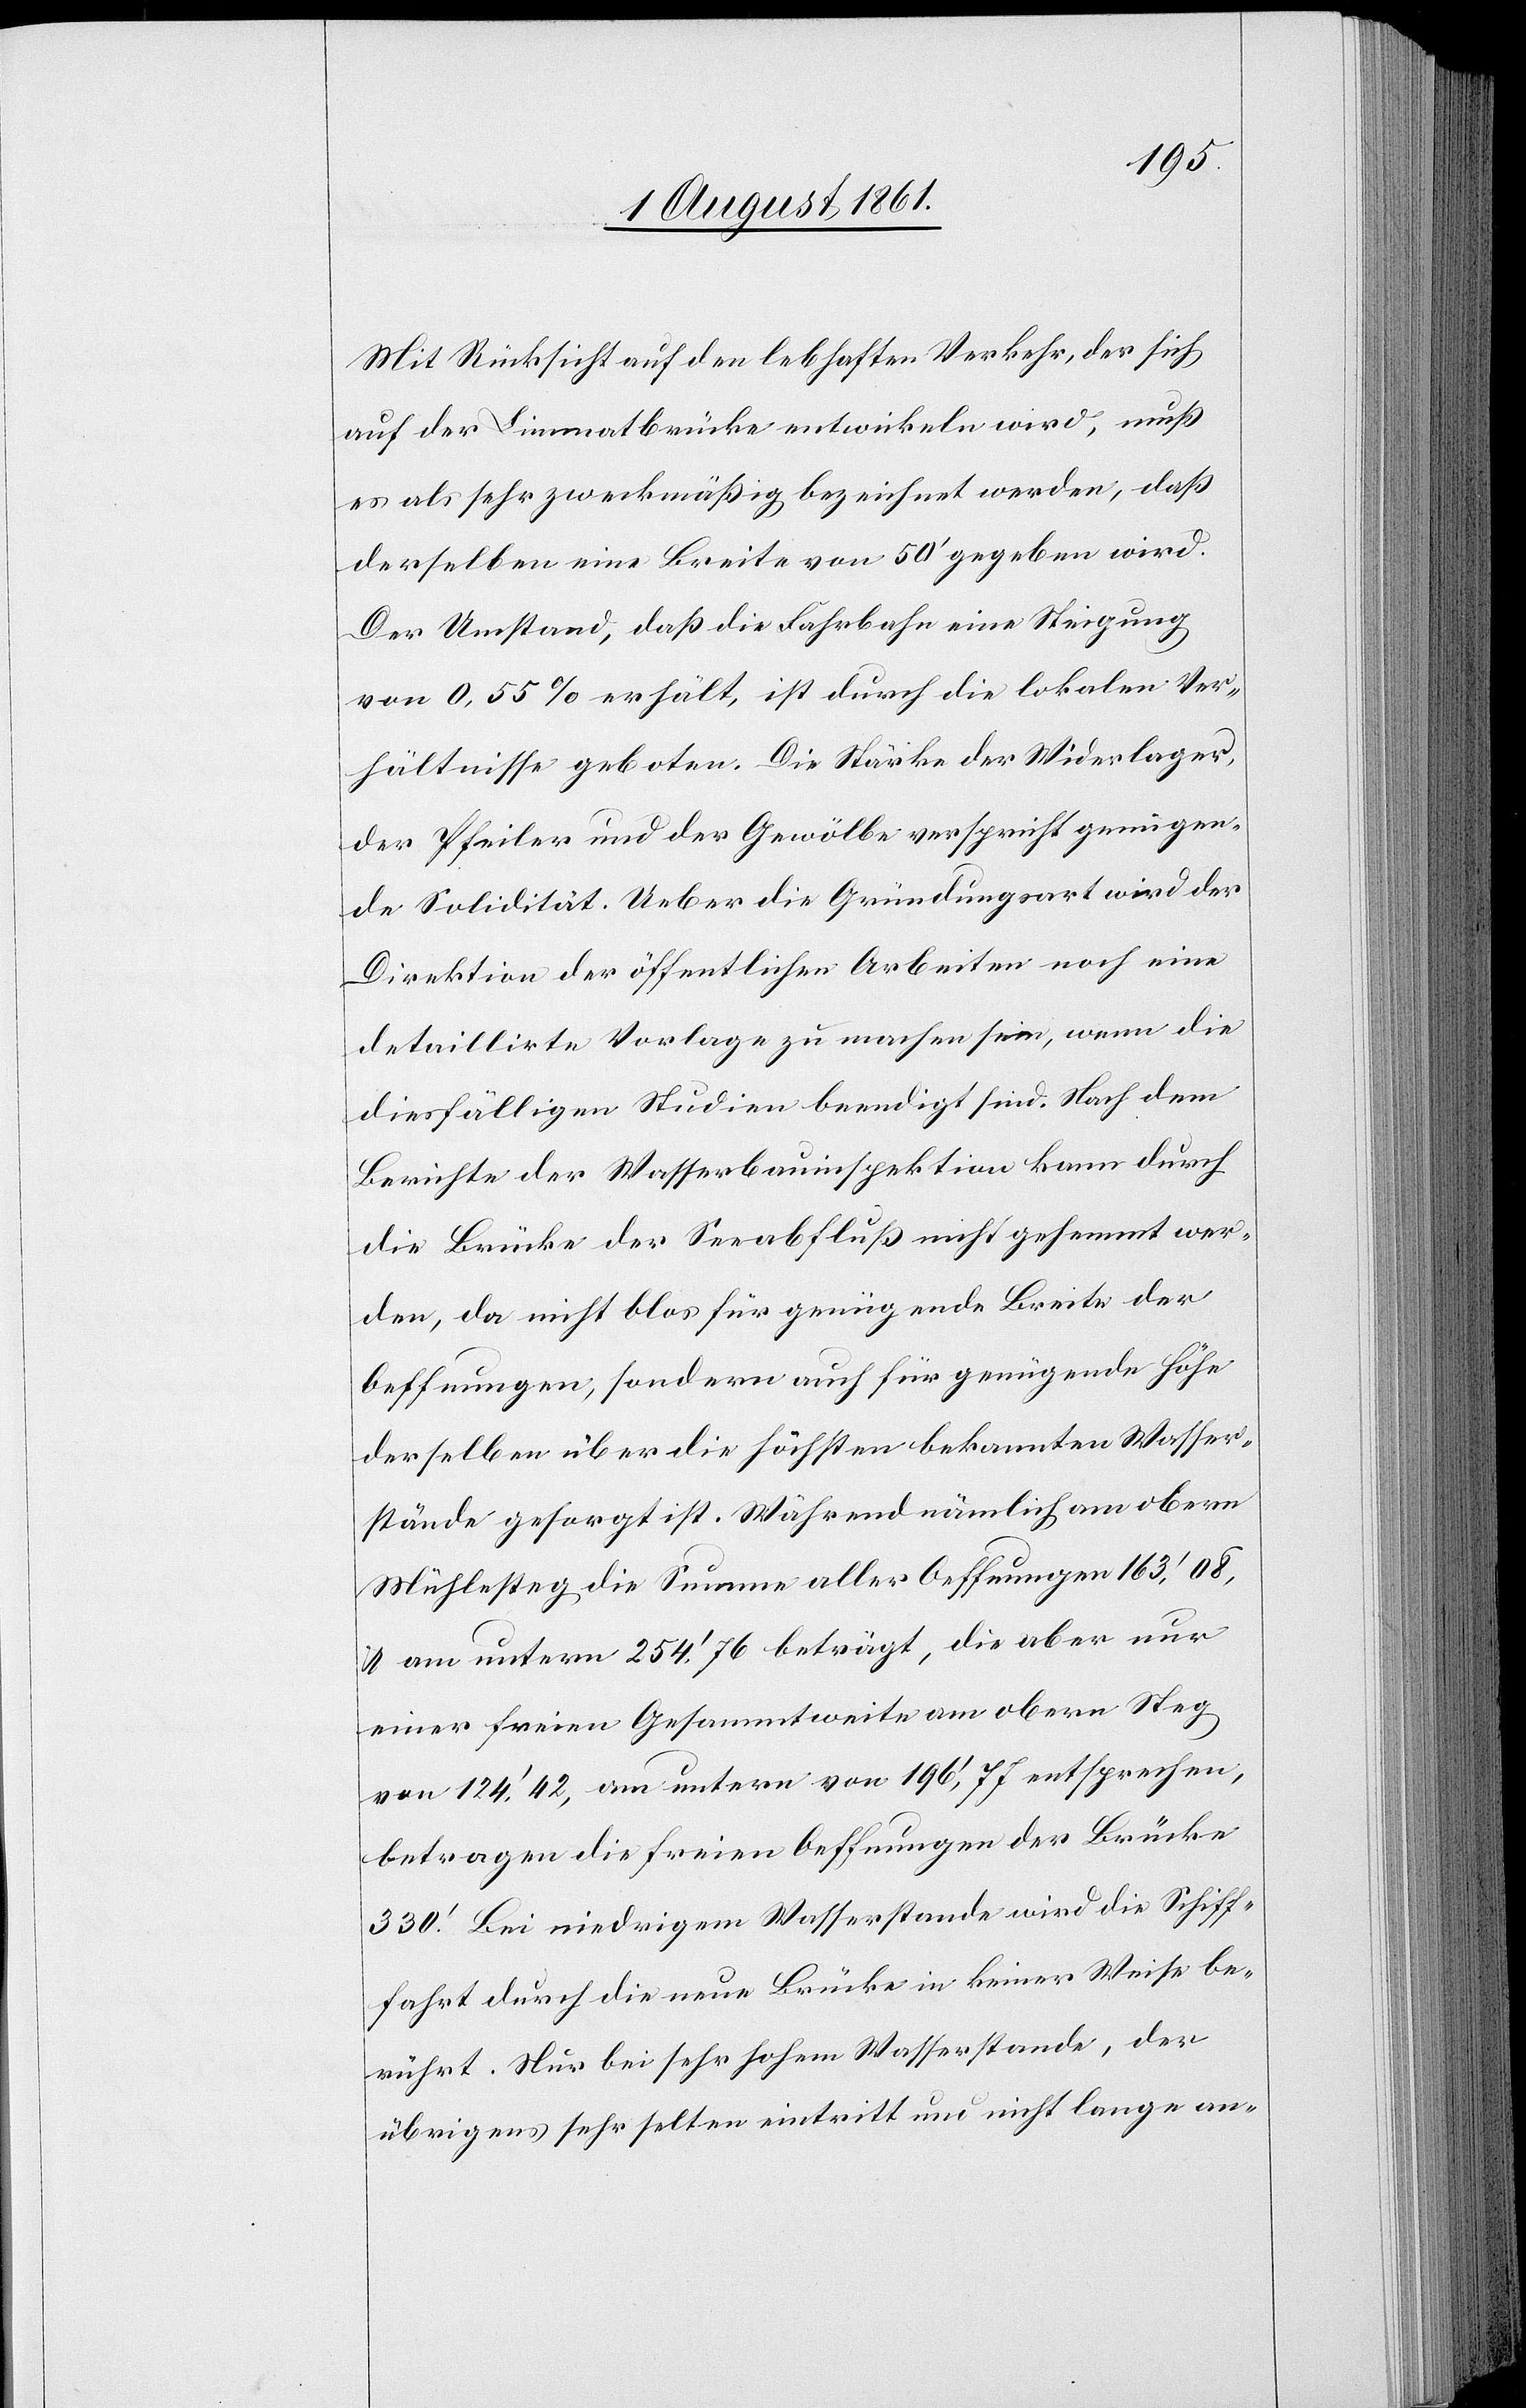
Mit Rücksicht auf den lebhaften Verkehr, der sich
auf der Limmatbrücke entwickeln wird, muß
es als sehr zweckmäßig bezeichnet werden, daß
derselben eine Breite von 50’ gegeben wird.
Der Umstand, daß die Fahrhabe eine Steigung
von 0,55% erhält, ist durch die lokalen Ver¬
hältnisse geboten. Die Stärke der Widerlager,
der Pfeiler und der Gewölbe verspricht genügen¬
de Solidität. Ueber die Gründungsart wird der
Direktion der öffentlichen Arbeiten noch eine
detaillirte Vorlage zu machen sein, wenn die
diesfälligen Studien beendigt sind. Nach dem
Berichte der Wasserbauinspektion kann durch
die Brücke der Seeabfluß nicht gehemmt wer¬
den, da nicht blos für genügende Breite der
Oeffnungen, sondern auch für genügende Höhe
derselben über die höchsten bekannten Wasser¬
stände gesorgt ist. Während nämlich am obern
Mühlesteg die Summe aller Oeffnungen 163.’08,
u. am untern 254.’76 beträgt, die aber nur
einer freien Gesammtweite am obern Steg
von 124.’42. am untern von 196.’77 entsprechen,
betragen die freien Oeffnungen der Brücke
330’. Bei niedrigem Wasserstande wird die Schiff¬
ahrt durch die neue Brücke in keiner Weise be¬
rührt. Nur bei sehr hohem Wasserstande, der
übrigens sehr selten eintritt und nicht lange an-